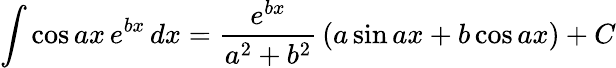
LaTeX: \int\cos ax\, e^{bx}\, dx={\frac{e^{bx}}{a^{2}+b^{2}}}\left(a\sin ax+b\cos ax\right)+C